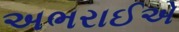
અભરાઈએ